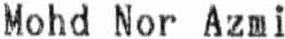
MOHD NOR AZMI